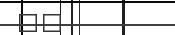
٤٧